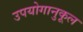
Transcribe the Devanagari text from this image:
उपयोगानुकूल